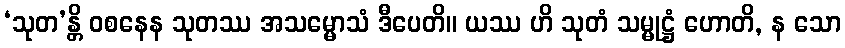
‘သုတ’န္တိ ဝစနေန သုတဿ အသမ္မောသံ ဒီပေတိ။ ယဿ ဟိ သုတံ သမ္မုဋ္ဌံ ဟောတိ, န သော